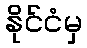
နိုင်ငံမှ